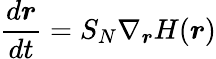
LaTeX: {\frac{d{\boldsymbol{r}}}{dt}}=S_{N}\nabla_{\boldsymbol{r}}H({\boldsymbol{r}})